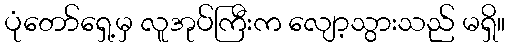
ပုံတော်ရှေ့မှ လူအုပ်ကြီးက လျော့သွားသည် မရှိ။